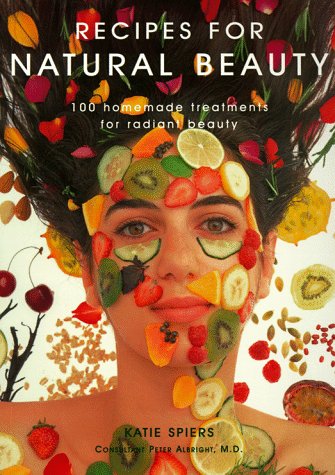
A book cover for Recipes for Natural Beauty: 100 Homemade Treatments for Radiant Beauty; Katie Spiers; Health, Fitness & Dieting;